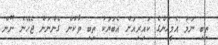
ތިބި ނަމަ އެމީހުންގެ ކައިރިއަށް އެބަޔަކު ތިބި ތާކުން ގެންނަން ޖެހޭނެ ނޫން